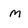
Character: m